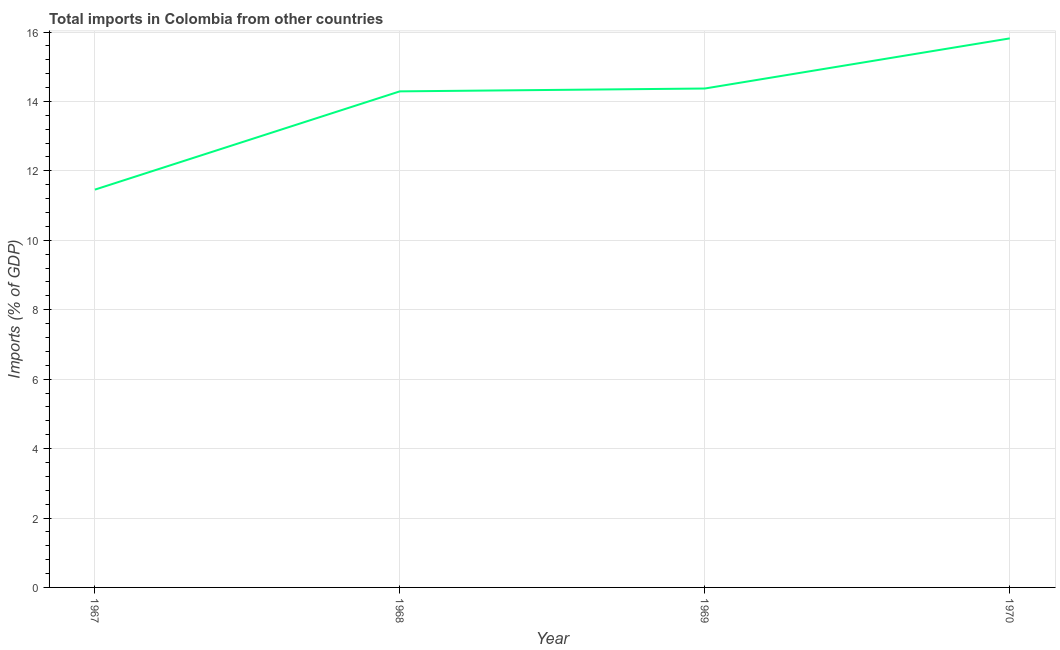
| Year | Imports |
 | --- | --- |
 | 1967 | 11.5 |
 | 1968 | 14.3 |
 | 1969 | 14.4 |
 | 1970 | 15.8 |